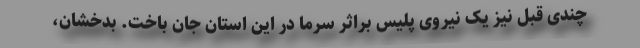
چندی قبل نیز یک نیروی پلیس براثر سرما در این استان جان باخت. بدخشان،